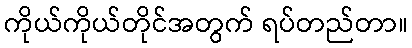
ကိုယ်ကိုယ်တိုင်အတွက် ရပ်တည်တာ။